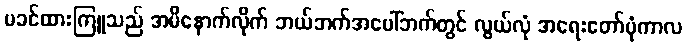
မခင်ထားကြူသည် အမိနောက်လိုက် ဘယ်ဘက်အပေါ်ဘက်တွင် လွယ်လုံ အရေးတော်ပုံကာလ